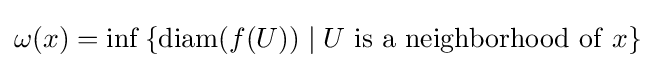
\omega (x)=\inf \left\{\mathrm {diam} (f(U))\mid U\mathrm {\ is\ a\ neighborhood\ of\ } x\right\}